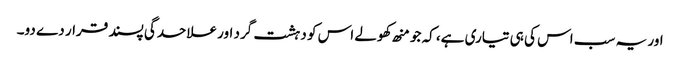
اور یہ سب اس کی ہی تیاری ہے، کہ جو منھ کھولے اس کو دہشت گرد اور علاحدگی پسند قرار دے دو۔